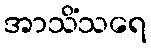
အာသိံသရေ